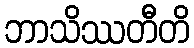
ဘာသိဿတီတိ